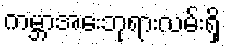
ကမ္ဘာအေးဘုရားလမ်းရှိ